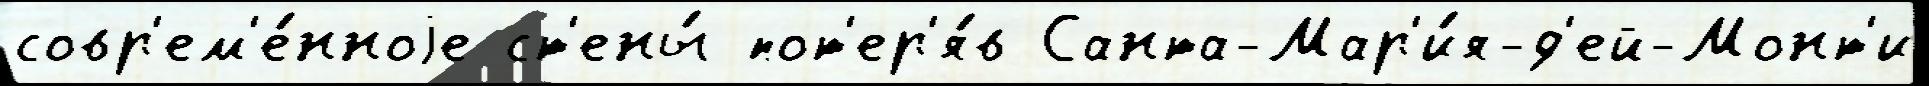
совр'ем'е́нноjе ст'ены́ пот'ер'я́в Санта-Мар'и́я-д'ей-Монт'и